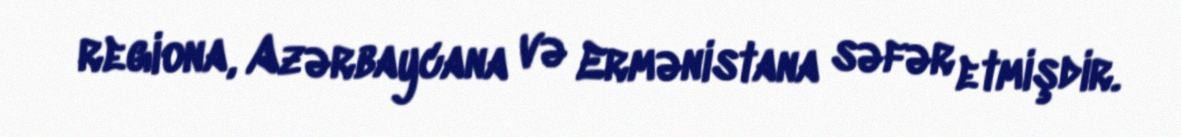
regiona, Azərbaycana və Ermənistana səfər etmişdir.